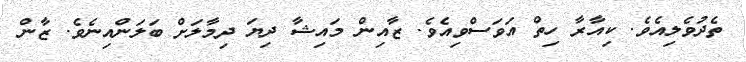
ތެދުވެލިއެވެ. ކިއާރާ ހިތް އަވަސްވިއެވެ. ޒާއިން މައިޝާ ދިޔަ ދިމާލަށް ބަލަންއިނެވެ. ޒާން